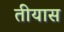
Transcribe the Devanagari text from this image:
तीयास